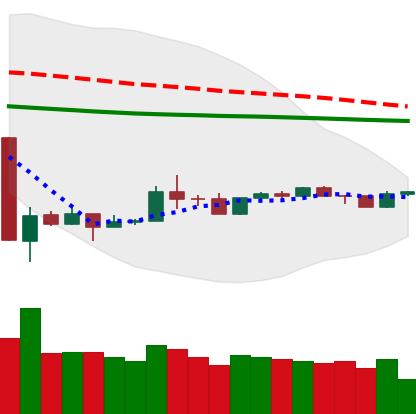
Ticker: TRX-USD
Chart end date: 2020-03-31
Forward return: 8.413%
Label: up_7plus